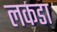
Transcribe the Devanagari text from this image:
लकडा